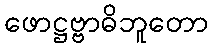
ဖောဋ္ဌဗ္ဗာဓိဘူတော